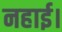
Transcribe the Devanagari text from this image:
नहाई।